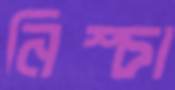
নিস্চা